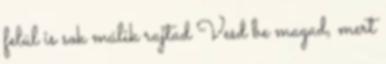
felül is sok múlik rajtad Vesd be magad, mert